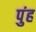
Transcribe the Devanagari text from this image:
पुंह